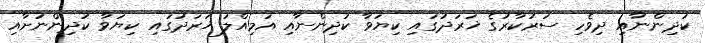
ކުދިންނާއި ދިވެހި ސަރުކާރުގެ ޚަރަދުގައި ކިޔަވާ ކުދިންނާއި އަމިއްލަ ޚަރަދުގައި ކިޔަވާ ކުދިންނަށާއި